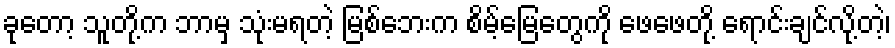
ခုတော့ သူတို့က ဘာမှ သုံးမရတဲ့ မြစ်ဘေးက စိမ့်မြေတွေကို ဖေဖေတို့ ရောင်းချင်လို့တဲ့၊